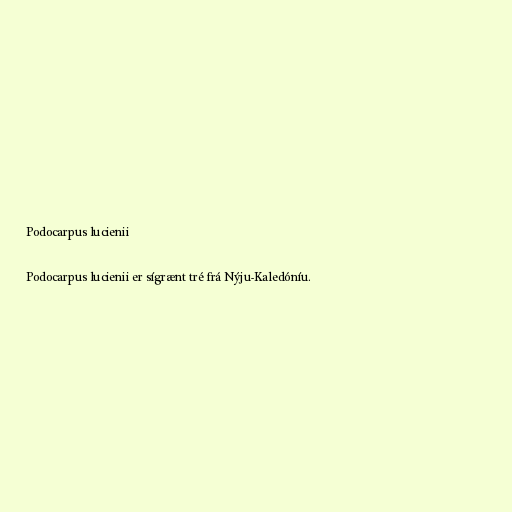
Podocarpus lucienii

Podocarpus lucienii er sígrænt tré frá Nýju-Kaledóníu.